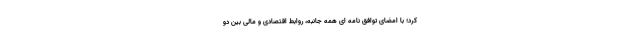
کرد؛ با امضای توافق نامه ای همه جانبه، روابط اقتصادی و مالی بین دو